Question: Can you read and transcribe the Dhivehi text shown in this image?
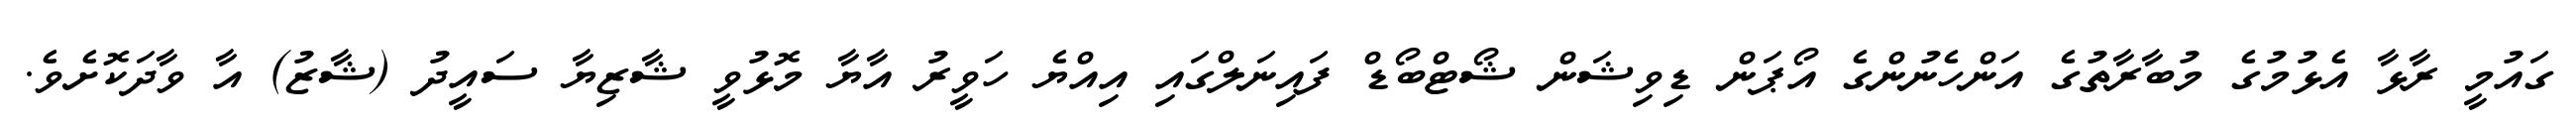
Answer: ގައުމީ ރާޅާ އެޅުމުގެ މުބާރާތުގެ އަންހެނުންގެ އޯޕަން ޑިވިޝަން ޝޯޓްބޯޑް ފައިނަލްގައި އިއްޔެ ހަވީރު އާޔާ މޮޅުވީ ޝާޒިޔާ ސައީދު (ޝާޒު) އާ ވާދަކޮށެވެ.